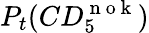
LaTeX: P_{t}(CD_{5}^{\mathrm{~n~o~k~}})